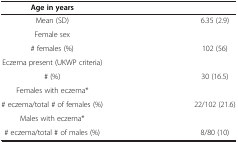
<table><thead><tr><td><b>Age in years</b></td><td><b> </b></td></tr></thead><tbody><tr><td>Mean (SD)</td><td>6.35 (2.9)</td></tr><tr><td>Female sex</td><td> </td></tr><tr><td># females (%)</td><td>102 (56)</td></tr><tr><td>Eczema present (UKWP criteria)</td><td> </td></tr><tr><td># (%)</td><td>30 (16.5)</td></tr><tr><td>Females with eczema*</td><td> </td></tr><tr><td># eczema/total # of females (%)</td><td>22/102 (21.6)</td></tr><tr><td>Males with eczema*</td><td> </td></tr><tr><td># eczema/total # of males (%)</td><td>8/80 (10)</td></tr></tbody></table>